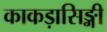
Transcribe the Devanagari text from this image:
काकड़ासिङ्गी